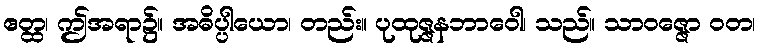
ဧတ္ထ၊ ဤအရာ၌။ အဓိပ္ပါယော၊ တည်း။ ပုထုဇ္ဇနဘာဝေါ၊ သည်။ သာဝဇ္ဇော ဝတ၊